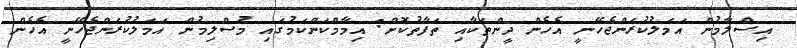
އިސްލާމުން އަމަލުކުރަންޖެހޭނީ އެހެން ދީންތަކާއި ތަފާތުކޮށް: އިމާމްކަންކަމުގައި މުސްލިމުން އަމަލުކުރަންޖެހޭނީ އެހެން